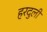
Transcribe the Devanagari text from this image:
हरदुली